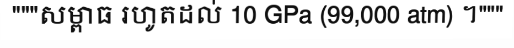
"""សម្ពាធ រហូតដល់ 10 GPa (99,000 atm) ។"""